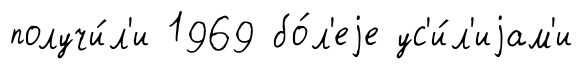
получи́л'и 1969 бо́л'еjе ус'и́л'иjам'и